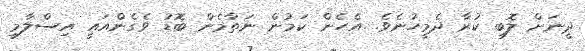
ދީނަށް ލޮބި ކުރާ ދެމީހުނެވެ. އެހެން ކަމުން ނަތާމެން ބޮޑު ވެގެންއައީ އިސްލާމީ